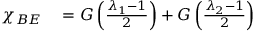
\begin{array} { r l } { { { \chi } _ { B E } } } & { { } = G \left( \frac { { { \lambda } _ { 1 } } - 1 } { 2 } \right) + G \left( \frac { { { \lambda } _ { 2 } } - 1 } { 2 } \right) } \end{array}